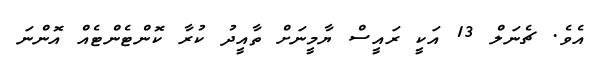
އެވެ. ޗެނަލް 13 އަކީ ރައީސް ޔާމީނަށް ތާއީދު ކުރާ ކޮންޓެންޓެއް އޮންނަ